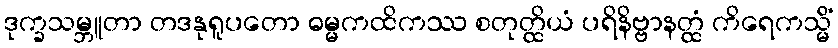
ဒုက္ခသမ္ဘူတာ တဒနုရူပတော ဓမ္မကထိကဿ စတုတ္ထိယံ ပရိနိဗ္ဗာနတ္ထံ ကိရေကသ္မိံ